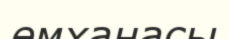
емханасы